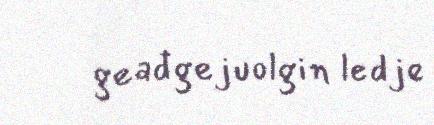
geađgejuolgin ledje